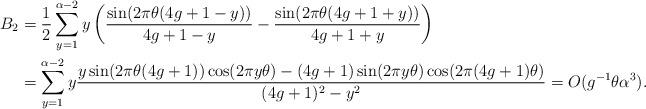
LaTeX: \begin{align*}B_2 &= \frac{1}{2} \sum_{y=1}^{\alpha-2} y \left( \frac{\sin(2 \pi \theta(4g+1-y))}{4g+1-y}- \frac{\sin(2 \pi \theta(4g+1+y))}{4g+1+y} \right) \\&= \sum_{y=1}^{\alpha-2} y \frac{ y \sin(2 \pi \theta(4g+1)) \cos(2 \pi y \theta) - (4g+1) \sin(2 \pi y \theta) \cos(2 \pi (4g+1) \theta)}{(4g+1)^2-y^2} =O (g^{-1} \theta \alpha^3). \end{align*}